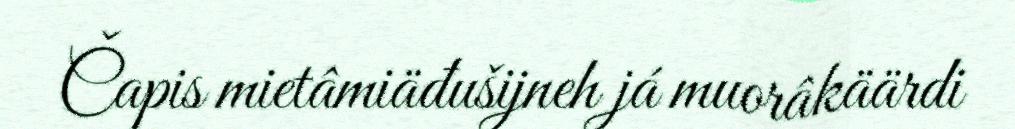
Čapis mietâmiäđušijneh já muorâkäärdi